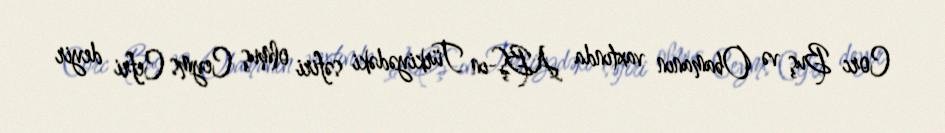
Corc Buş və Obamanın vaxtında ABŞ-ın Türkiyədəki səfiri olmuş Ceyms Cefri deyir